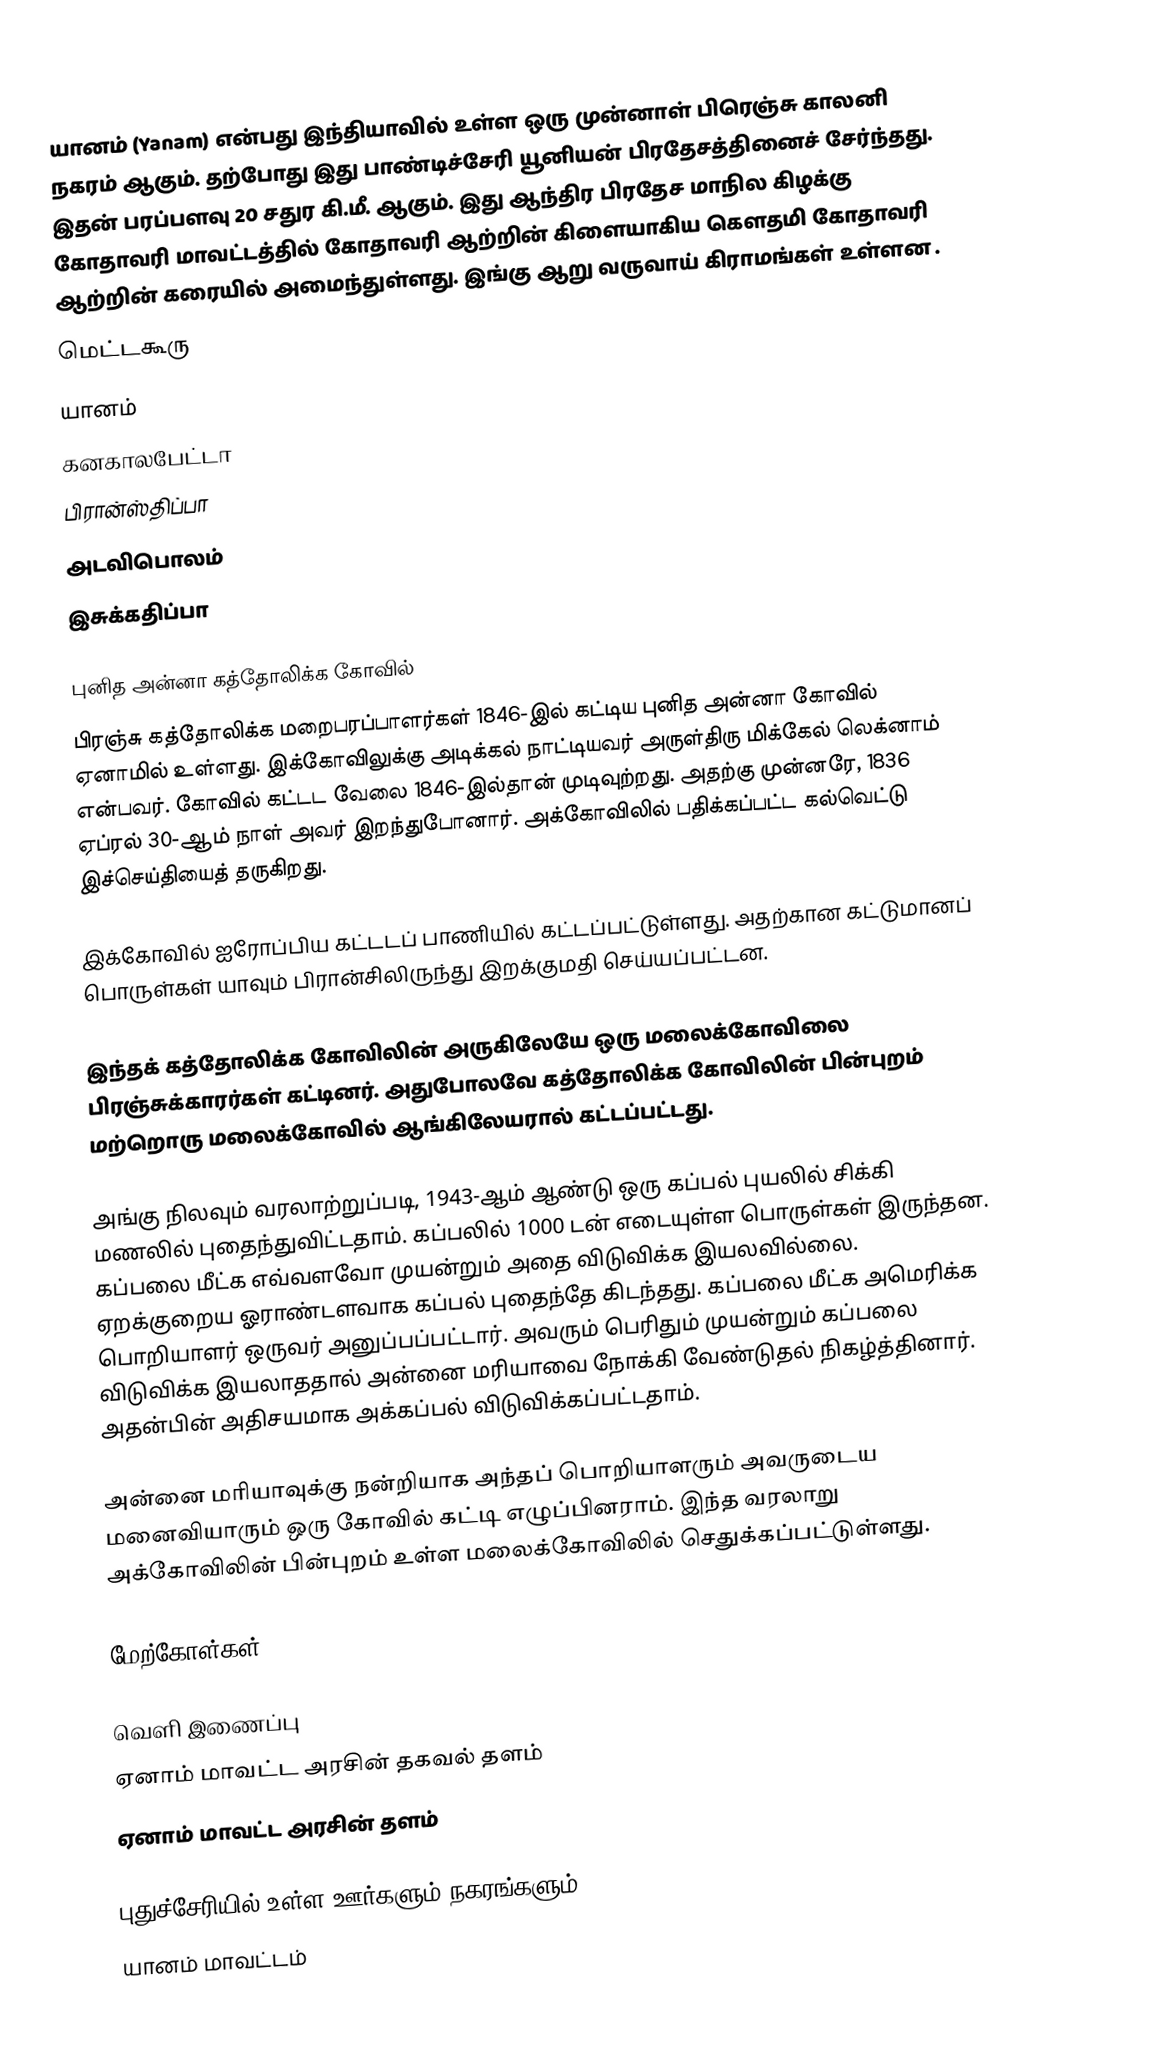
யானம் (Yanam) என்பது இந்தியாவில் உள்ள ஒரு முன்னாள் பிரெஞ்சு காலனி நகரம் ஆகும். தற்போது இது பாண்டிச்சேரி யூனியன் பிரதேசத்தினைச் சேர்ந்தது. இதன் பரப்பளவு 20 சதுர கி.மீ. ஆகும். இது ஆந்திர பிரதேச மாநில கிழக்கு கோதாவரி மாவட்டத்தில் கோதாவரி ஆற்றின் கிளையாகிய கௌதமி கோதாவரி ஆற்றின் கரையில் அமைந்துள்ளது. இங்கு ஆறு வருவாய் கிராமங்கள் உள்ளன .
 மெட்டகூரு
 யானம்
 கனகாலபேட்டா
 பிரான்ஸ்திப்பா
 அடவிபொலம்
 இசுக்கதிப்பா

புனித அன்னா கத்தோலிக்க கோவில்
பிரஞ்சு கத்தோலிக்க மறைபரப்பாளர்கள் 1846-இல் கட்டிய புனித அன்னா கோவில் ஏனாமில் உள்ளது. இக்கோவிலுக்கு அடிக்கல் நாட்டியவர் அருள்திரு மிக்கேல் லெக்னாம் என்பவர். கோவில் கட்டட வேலை 1846-இல்தான் முடிவுற்றது. அதற்கு முன்னரே, 1836 ஏப்ரல் 30-ஆம் நாள் அவர் இறந்துபோனார். அக்கோவிலில் பதிக்கப்பட்ட கல்வெட்டு இச்செய்தியைத் தருகிறது.

இக்கோவில் ஐரோப்பிய கட்டடப் பாணியில் கட்டப்பட்டுள்ளது. அதற்கான கட்டுமானப் பொருள்கள் யாவும் பிரான்சிலிருந்து இறக்குமதி செய்யப்பட்டன.

இந்தக் கத்தோலிக்க கோவிலின் அருகிலேயே ஒரு மலைக்கோவிலை பிரஞ்சுக்காரர்கள் கட்டினர். அதுபோலவே கத்தோலிக்க கோவிலின் பின்புறம் மற்றொரு மலைக்கோவில் ஆங்கிலேயரால் கட்டப்பட்டது.

அங்கு நிலவும் வரலாற்றுப்படி, 1943-ஆம் ஆண்டு ஒரு கப்பல் புயலில் சிக்கி மணலில் புதைந்துவிட்டதாம். கப்பலில் 1000 டன் எடையுள்ள பொருள்கள் இருந்தன. கப்பலை மீட்க எவ்வளவோ முயன்றும் அதை விடுவிக்க இயலவில்லை. ஏறக்குறைய ஓராண்டளவாக கப்பல் புதைந்தே கிடந்தது. கப்பலை மீட்க அமெரிக்க பொறியாளர் ஒருவர் அனுப்பப்பட்டார். அவரும் பெரிதும் முயன்றும் கப்பலை விடுவிக்க இயலாததால் அன்னை மரியாவை நோக்கி வேண்டுதல் நிகழ்த்தினார். அதன்பின் அதிசயமாக அக்கப்பல் விடுவிக்கப்பட்டதாம்.

அன்னை மரியாவுக்கு நன்றியாக அந்தப் பொறியாளரும் அவருடைய மனைவியாரும் ஒரு கோவில் கட்டி எழுப்பினராம். இந்த வரலாறு அக்கோவிலின் பின்புறம் உள்ள மலைக்கோவிலில் செதுக்கப்பட்டுள்ளது.

மேற்கோள்கள்

வெளி இணைப்பு
 ஏனாம் மாவட்ட அரசின் தகவல் தளம்
 ஏனாம் மாவட்ட அரசின் தளம்

புதுச்சேரியில் உள்ள ஊர்களும் நகரங்களும்
யானம் மாவட்டம்